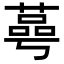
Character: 𦹛